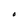
Character: O